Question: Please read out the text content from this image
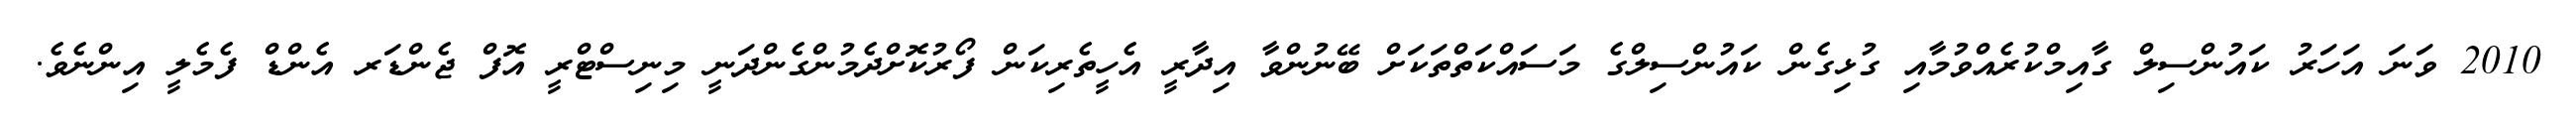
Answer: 2010 ވަނަ އަހަރު ކައުންސިލް ގާއިމްކުރެއްވުމާއި ގުޅިގެން ކައުންސިލްގެ މަސައްކަތްތަކަށް ބޭނުންވާ އިދާރީ އެހީތެރިކަން ފޯރުކޮށްދެމުންގެންދަނީ މިނިސްޓްރީ އޮފް ޖެންޑަރ އެންޑް ފެމެލީ އިންނެވެ.